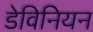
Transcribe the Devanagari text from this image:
डेविनियन